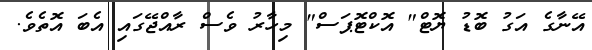
އޭނާގެ އަގު ބޮޑު ޔޮޓް" އޮކްޓޮޕަސް" މިހާރު ވެސް ރާއްޖޭގައި އެބަ އޮތެވެ.